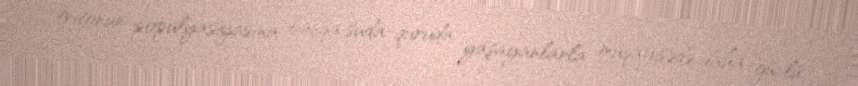
tritonun populyasiyasına başqa suda-quruda yaşayanlarla müqayisədə daha güclü